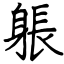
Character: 躼